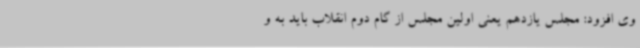
وی افزود: مجلس یازدهم یعنی اولین مجلس از گام دوم انقلاب باید به و